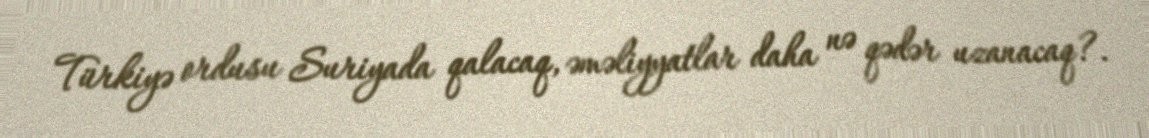
Türkiyə ordusu Suriyada qalacaq, əməliyyatlar daha nə qədər uzanacaq?.